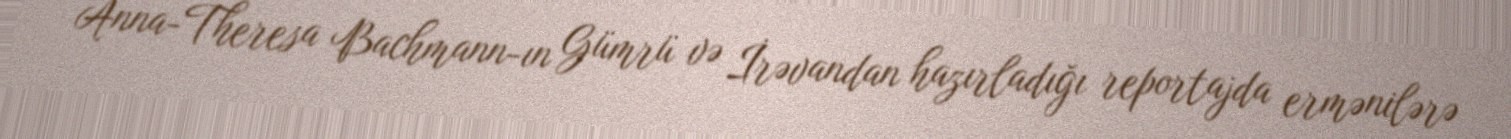
Anna-Theresa Bachmann-ın Gümrü və İrəvandan hazırladığı reportajda ermənilərə